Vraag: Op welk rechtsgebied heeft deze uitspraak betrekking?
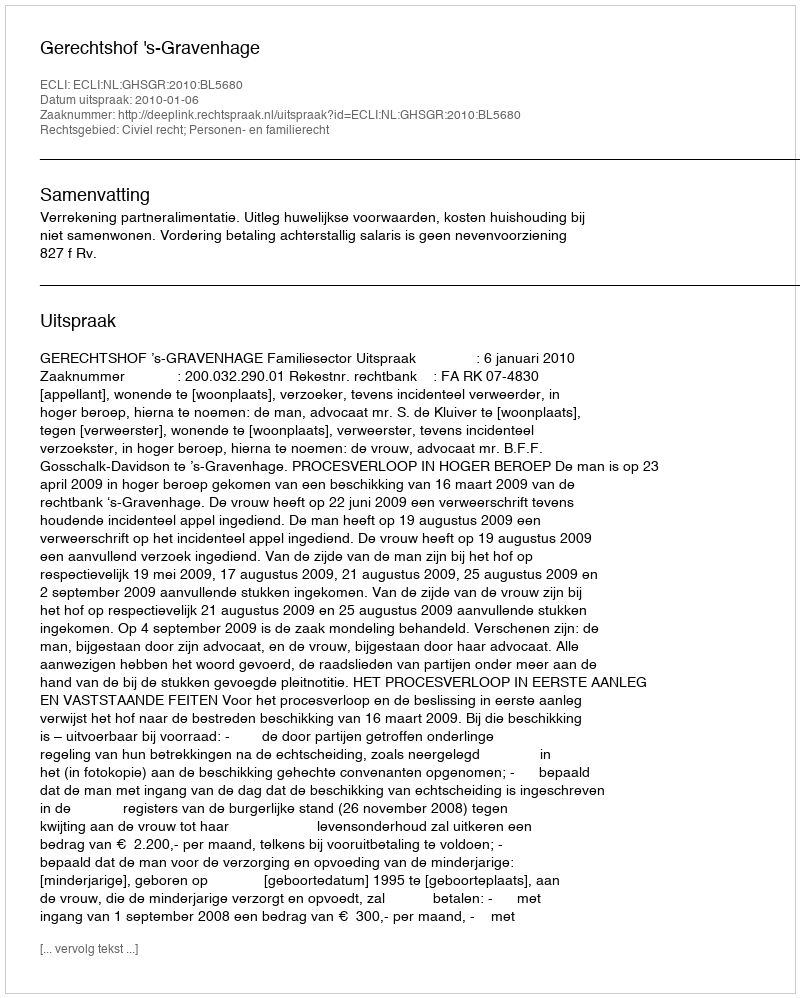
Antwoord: Civiel recht; Personen- en familierecht